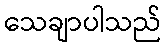
သေချာပါသည်